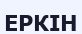
ЕРКІН